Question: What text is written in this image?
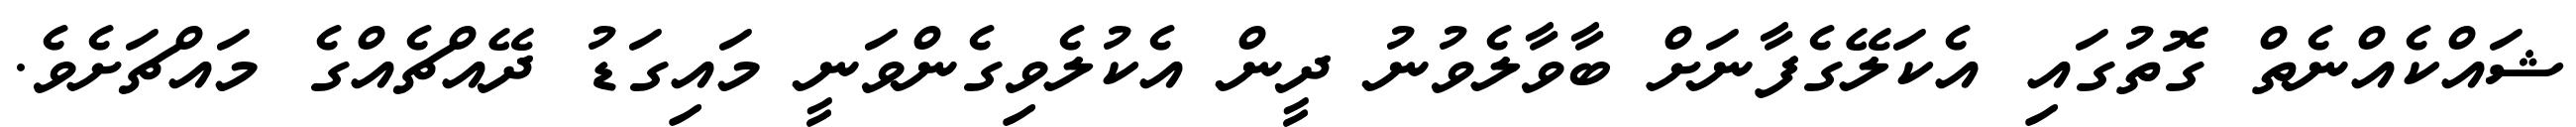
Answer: ޝައްކެއްނެތް ގޮތުގައި އެކަލޭގެފާނަށް ބާވާލެވުނު ދީން އެކުލެވިގެންވަނީ މައިގަޑު ދޭއްޗެއްގެ މައްޗަށެވެ.